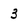
Character: 3